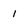
Character: 1